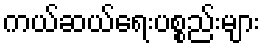
ကယ်ဆယ်ရေးပစ္စည်းများ